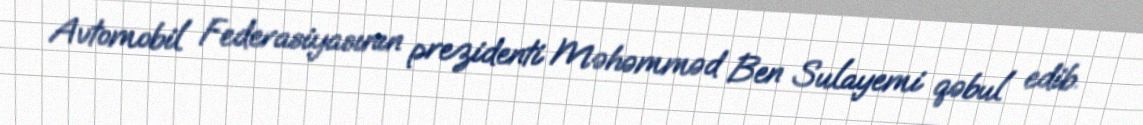
Avtomobil Federasiyasının prezidenti Məhəmməd Ben Sulayemi qəbul edib.